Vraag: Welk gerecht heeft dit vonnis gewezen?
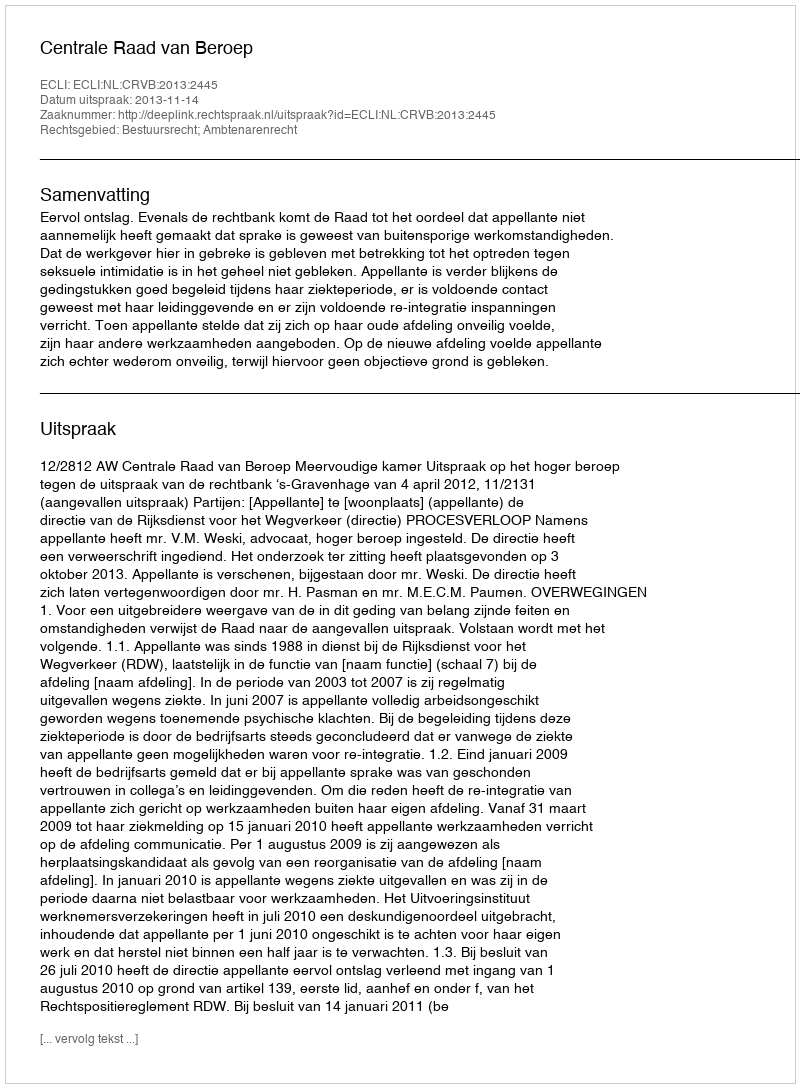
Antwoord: Centrale Raad van Beroep